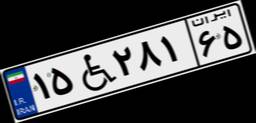
۱۵W۲۸۱۶۵